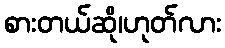
စားတယ်ဆို၊ဟုတ်လား